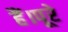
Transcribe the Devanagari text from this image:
हैं।पूरे